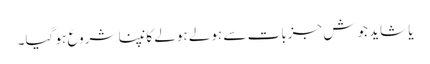
یا شاید جوشِ جزبات سے ہولے ہولے کانپنا شروع ہو گیا۔